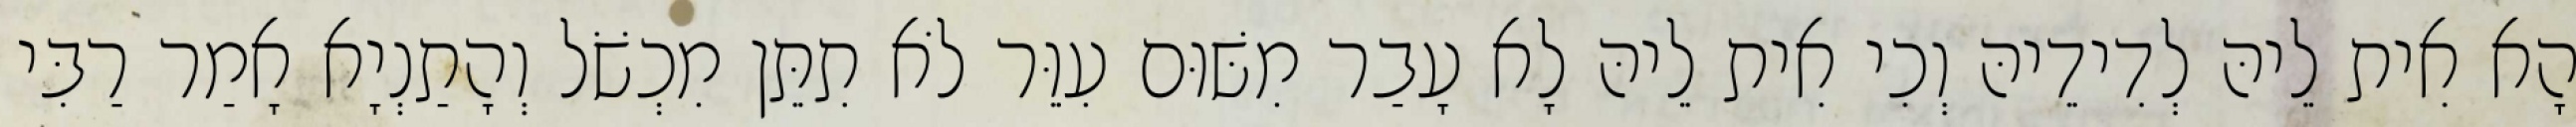
הָא אִית לֵיהּ לְדִידֵיהּ וְכִי אִית לֵיהּ לָא עָבַר מִשּׁוּם עִוֵּר לֹא תִתֵּן מִכְשֹׁל וְהָתַנְיָא אָמַר רַבִּי